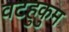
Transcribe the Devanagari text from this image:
वटहुकुम